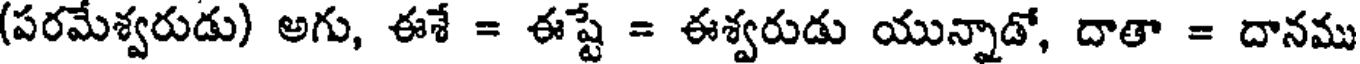
(పరమేశ్వరుడు) అగు, ఈశే = ఈష్టే = ఈశ్వరుడు యున్నాడో, దాతా = దానము